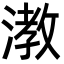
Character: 漖